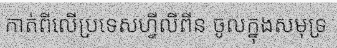
កាត់ពីលើប្រទេសហ្វីលីពីន ចូលក្នុងសមុទ្រ